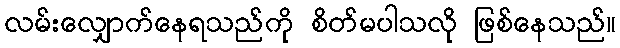
လမ်းလျှောက်နေရသည်ကို စိတ်မပါသလို ဖြစ်နေသည်။